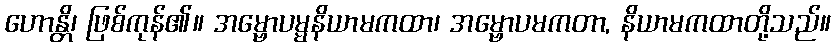
ဟောန္တိ၊ ဖြစ်ကုန်၏။ အမ္ဗောပမ္မနိယာမကထာ၊ အမ္ဗောပမကတာ, နိယာမကထာတို့သည်။